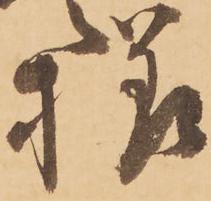
様